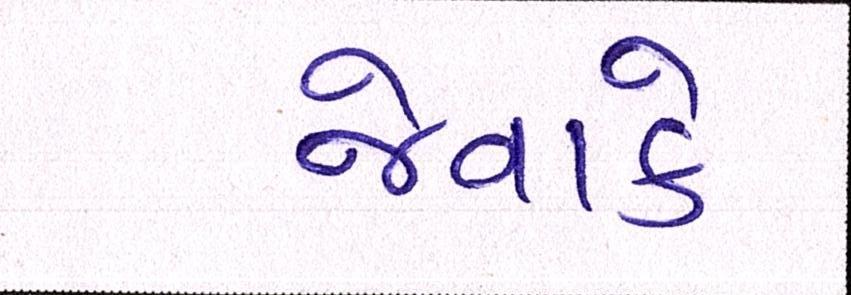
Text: જેવાકે